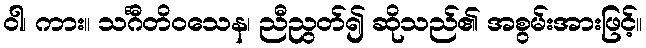
ဝါ၊ ကား။ သင်္ဂီတိဝသေန၊ ညီညွတ်၍ ဆိုသည်၏ အစွမ်းအားဖြင့်။